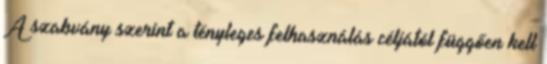
A szabvány szerint a tényleges felhasználás céljától függően kell